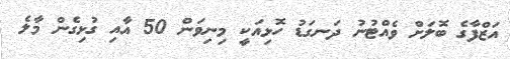
އަޒްފާގެ ބޮލަށް ވެއްޓުނު ދަނގަޑު ހޮޅިއަކީ މިނިވަން 50 އާއި ގުޅިގެން މާލެ